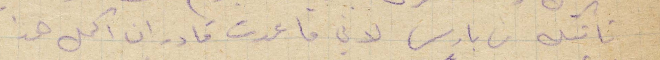
تأتيك من باريس لاني ما عدت قادر ان اكمل هذا